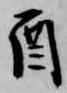
酉